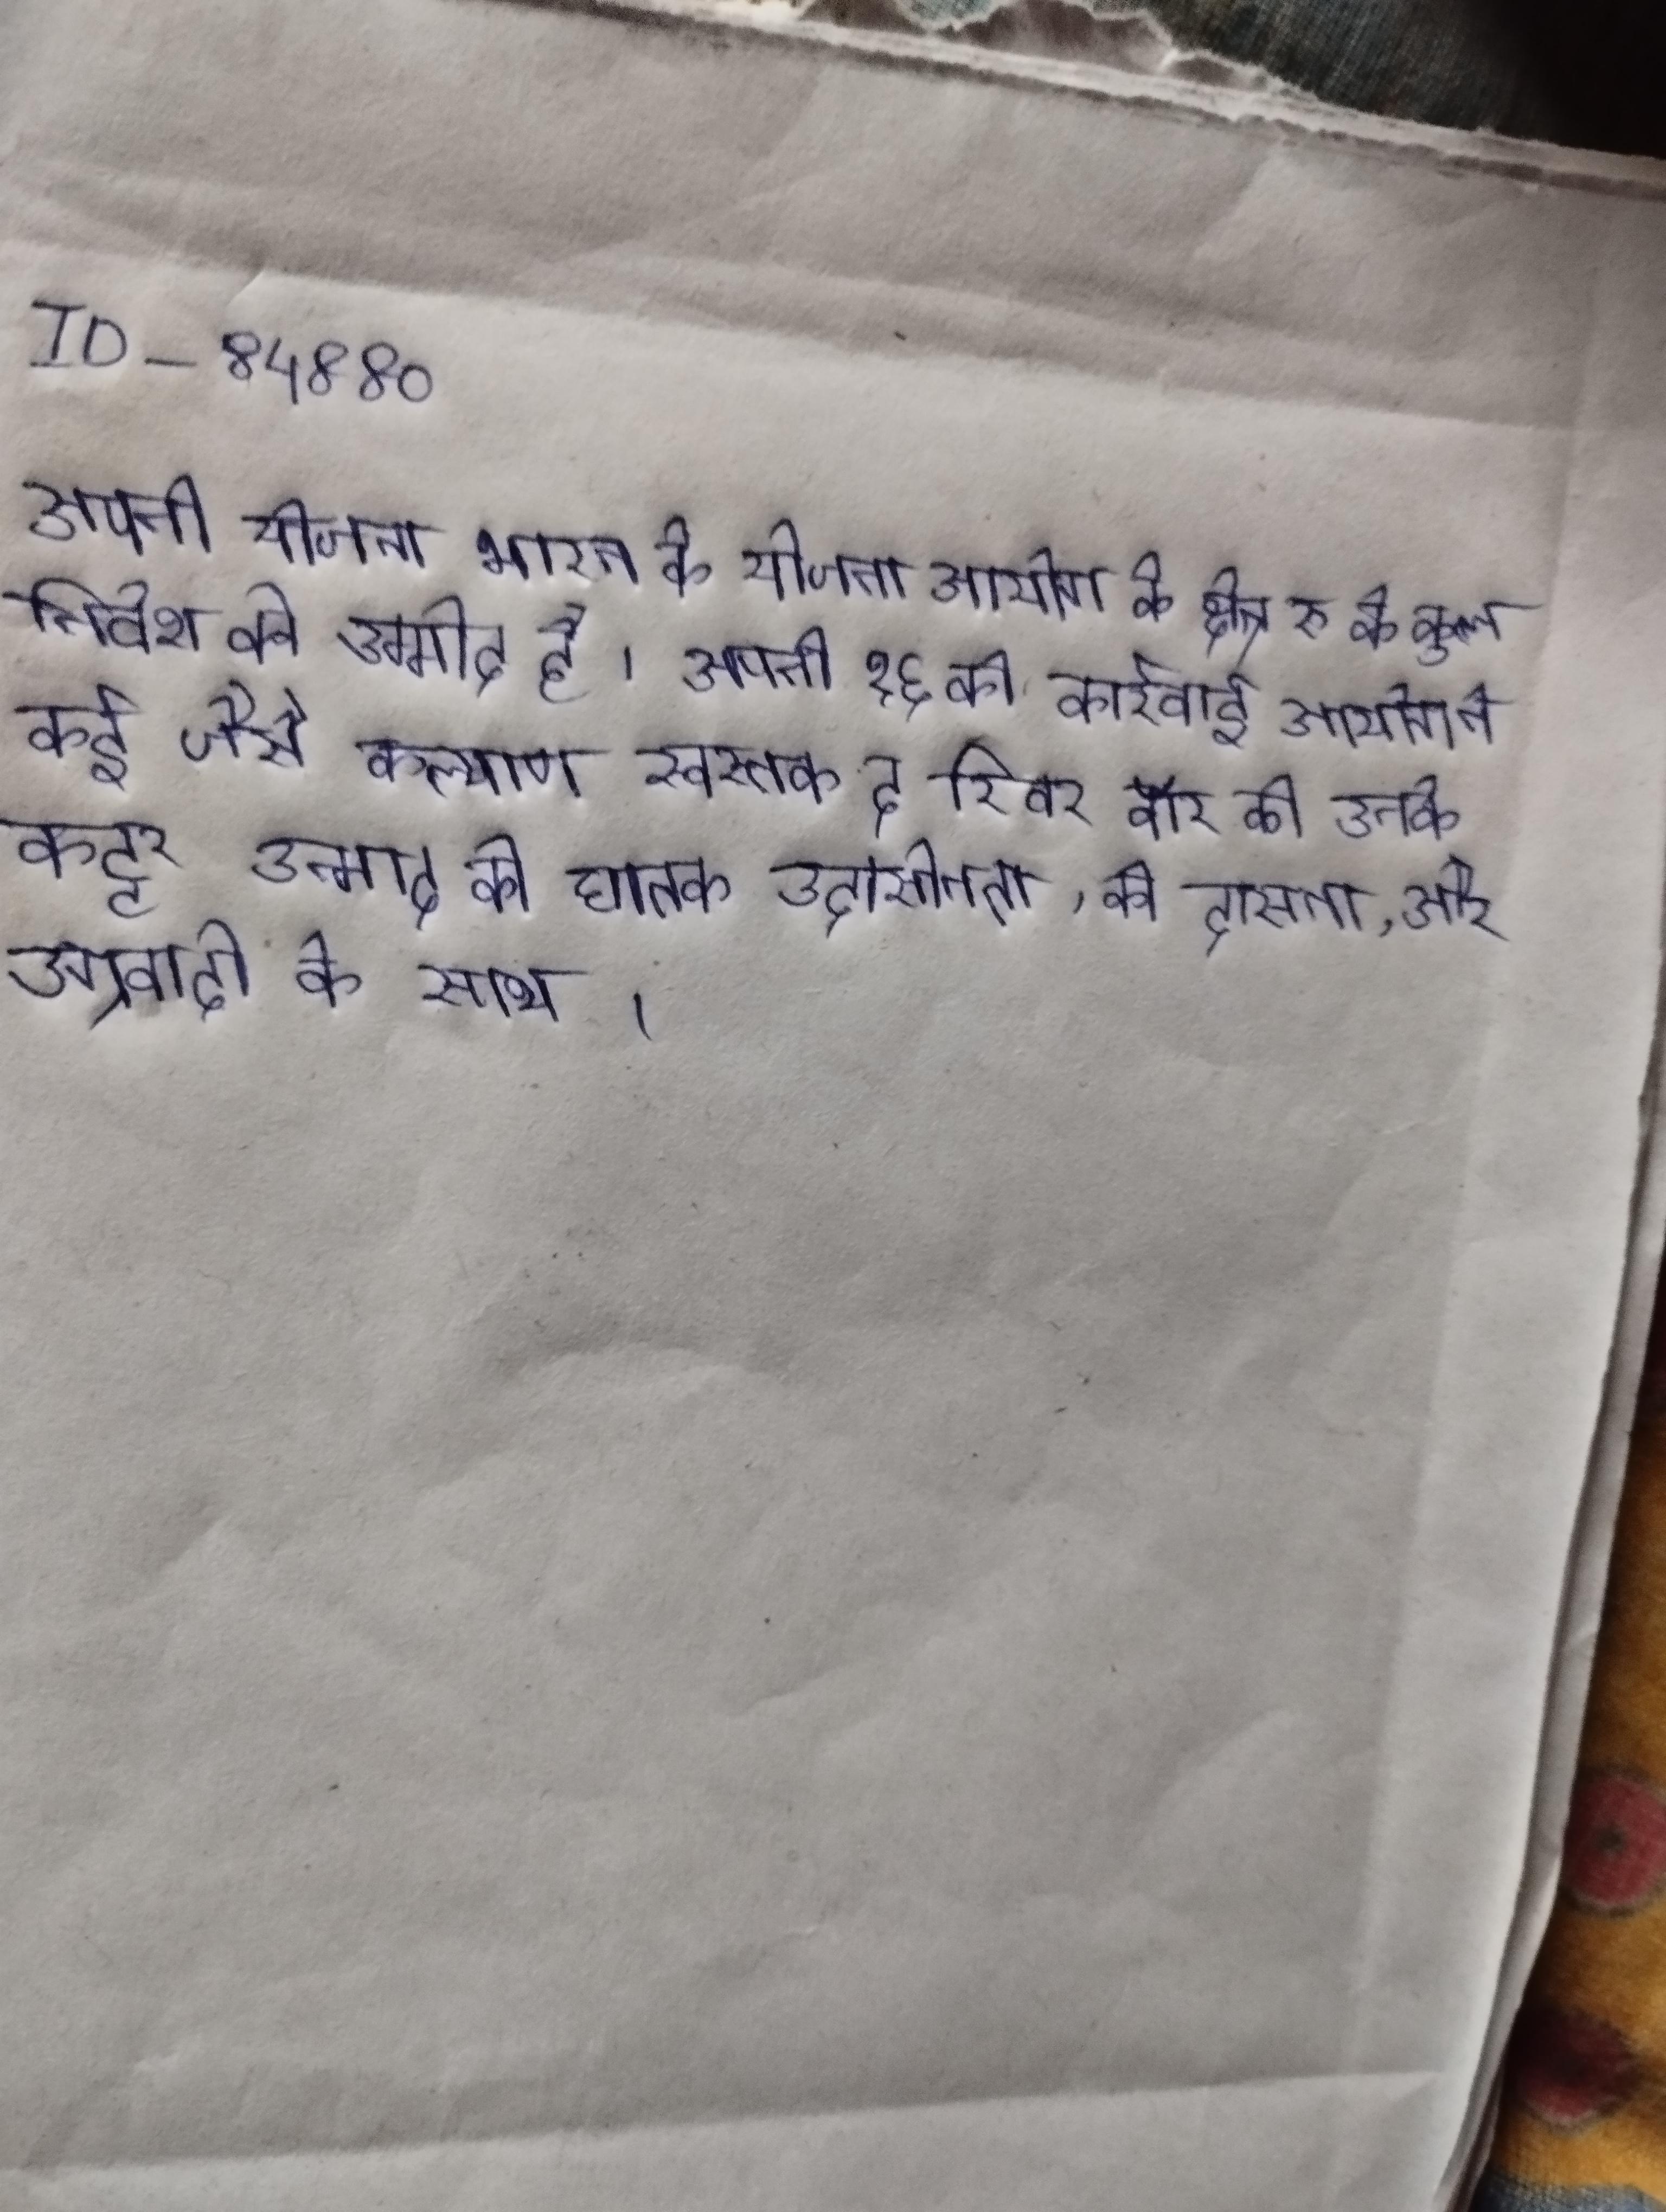
आवश्यक धन अर्जित करने के लिए, वह वासुदेव गुजराल को मारने के लिए एक स्वीकार करता है, उसे बताया जाता है कि वासु ने बलात्कार किया है और फिर महिला को मार डाला है । आवश्यक धार्मिक नृत्य के रूप पौराणिक को वे नाट्य के माध्यम से प्रस्तुत करते ।